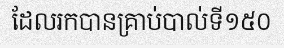
ដែលរកបានគ្រាប់បាល់ទី១៥០